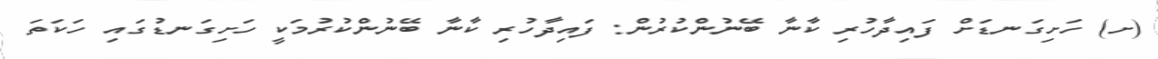
(ށ) ހަށިގަނޑަށް ފައިދާހުރި ކާނާ ބޭނުންކުރުން: ފައިދާހުރި ކާނާ ބޭނުންކުރުމަކީ ހަށިގަނޑުގައި ހަކަތަ